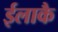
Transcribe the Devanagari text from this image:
ईलाकै